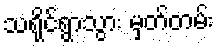
သရိုင်ရွာသွား မှတ်တမ်း